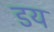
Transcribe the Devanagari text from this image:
डय